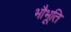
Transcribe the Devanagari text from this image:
भौभूति